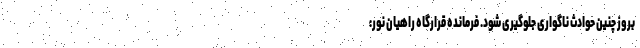
بروز چنین حوادث ناگواری جلوگیری شود. فرمانده قرارگاه راهیان نور: